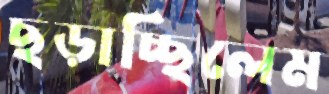
ছড়াচ্ছিলেম